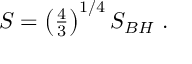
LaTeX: S = \left( { \textstyle { \frac { 4 } { 3 } } } \right) ^ { 1 / 4 } S _ { B H } \ .